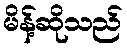
မိန့်ဆိုသည်